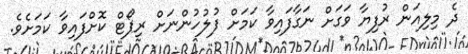
ދެ މިލިއަން ރުފިޔާ ވަގަށް ނަގާފައިވާ ކަމަށް ފުލުހުންނަށް ރިޕޯޓް ކޮށްފައިވާ ކަމަށެވެ.